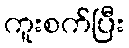
ကူးစက်ပြီး